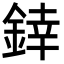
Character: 﨨